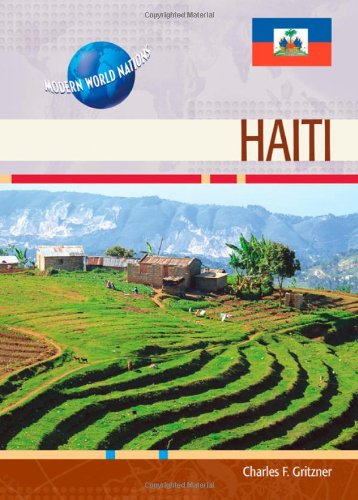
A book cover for Haiti (Modern World Nations); Charles F. Gritzner; Teen & Young Adult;